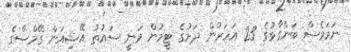
ނަމަވެސް ބަންގާޅުގެ 23 އަހަރުން ދަށުގެ ޓީމުން ވަނީ ސައުތު އޭޝިއަން ގޭމްސްގެ